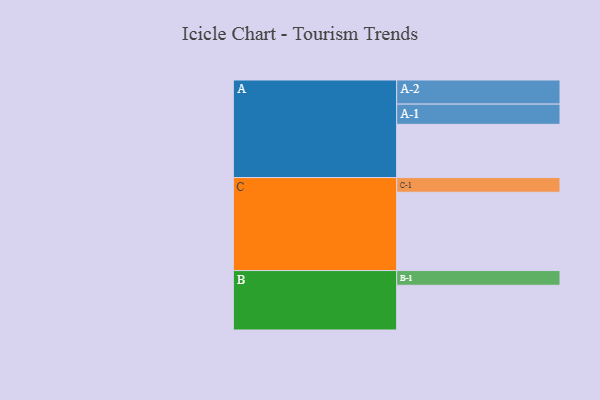
{"axis": {"x": "Segment", "y": "Value"}, "legend": ["", "A", "B", "C"], "data": [{"x": "A", "y": 395, "type": ""}, {"x": "B", "y": 332, "type": ""}, {"x": "C", "y": 581, "type": ""}, {"x": "A-1", "y": 150, "type": "A"}, {"x": "A-2", "y": 179, "type": "A"}, {"x": "B-1", "y": 109, "type": "B"}, {"x": "C-1", "y": 109, "type": "C"}]}